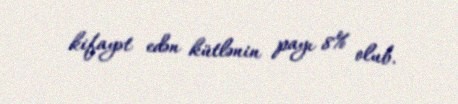
kifayət edən kütlənin payı 8% olub.